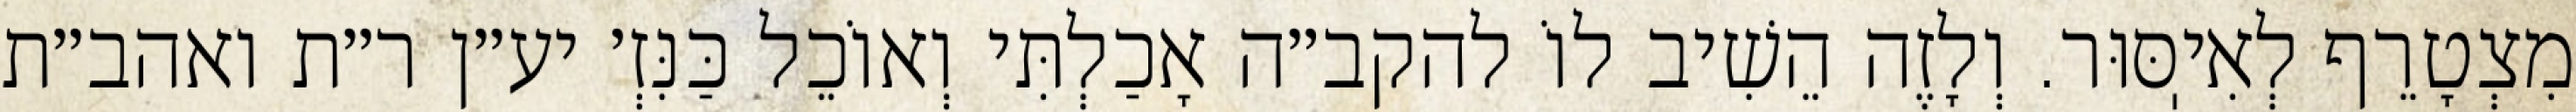
מִצְטָרֵף לְאִיֽסּוּר. וְלָזֶה הֵשִׁיב לוֹ להקב״ה אָכַלְתִּי וְאוֹכֵל כַּנִּזְ׳ יע״ן ר״ת ואהב״ת